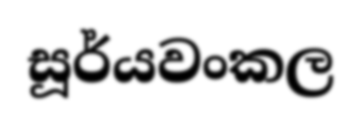
සූර්යවංකල